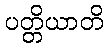
ပတ္တိယာတိ